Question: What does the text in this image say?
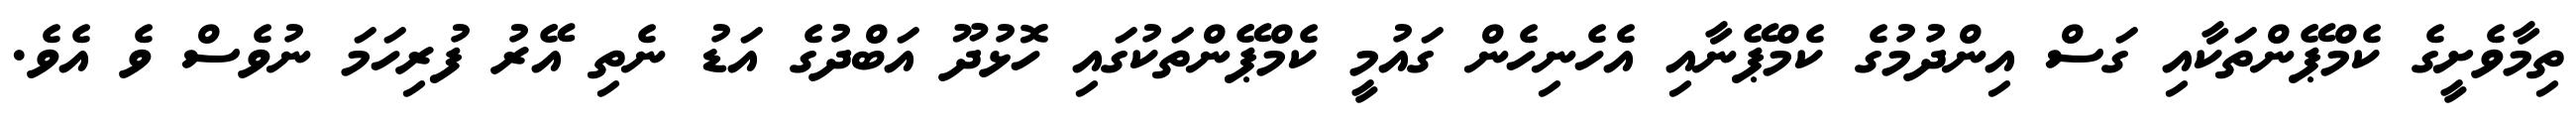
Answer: ތިމާވެށީގެ ކެމްޕޭންތަކާއި ގަސް އިންދުމުގެ ކެމްޕޭނާއި އެހެނިހެން ގައުމީ ކެމްޕޭންތަކުގައި ހޮޅުދޫ އަބްދުގެ އަޑު ނެތި އޭރު ފުރިހަމަ ނުވެސް ވެ އެވެ.